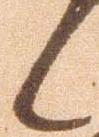
候